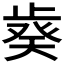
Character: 𣦌